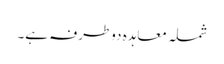
شملہ معاہدہ دوطرفہ ہے۔